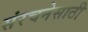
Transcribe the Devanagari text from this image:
संरचनेसाठी